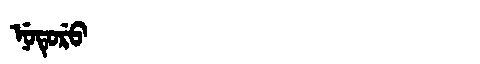
Manchu: ᠨᡠᡨᡠᡵᡠ
Romanization: NUTURU